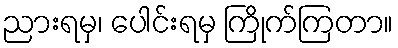
ညားရမှ၊ ပေါင်းရမှ ကြိုက်ကြတာ။